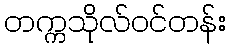
တက္ကသိုလ်ဝင်တန်း